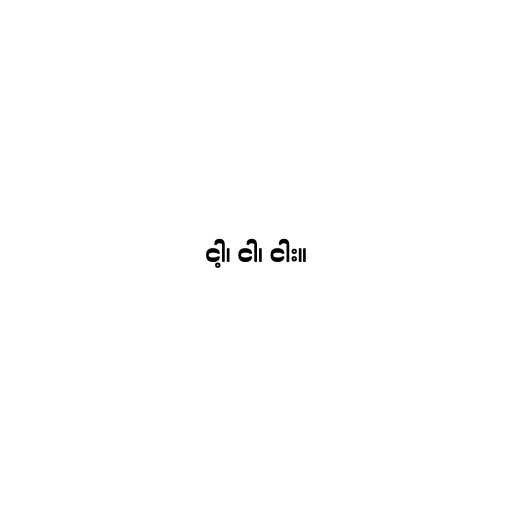
ငါ့၊ ငါ၊ ငါး။